Report on vaccination in Madras 1895-1903 - 1895-1903
Year: 1895
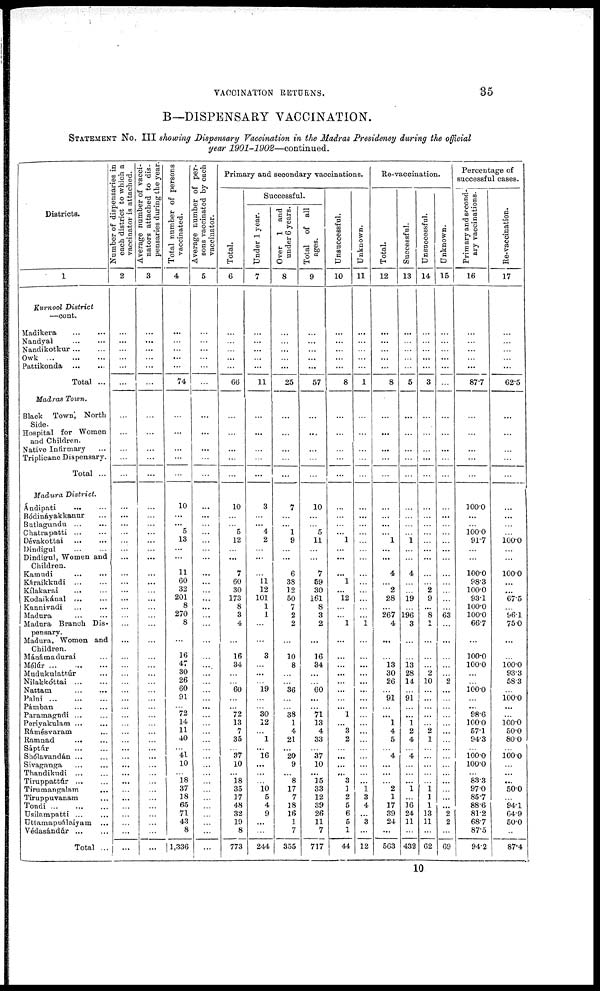
VACCINATION RETURNS.
35
B—DISPENSARY VACCINATION.
STATEMENT No. III showing Dispensary Vaccination in the Madras Presidency during the official
year
1901-1902—continued.
Districts.
1
Kurnool District
—cont.
Madikera
...
...
Nandyal
...
...
Nandikotkur ... ...
Owk ... ... ...
Pattikonda
...
...
Total ...
Madras Town.
Black Town, North
Side.
Hospital for Women
and Children.
Native Infirmary ...
Triplicane Dispensary.
Total ...
Madura District.
Ándipati
...
...
Bódináyakkanur ...
Butlagundu ... ...
Chatrapatti ... ...
Dévakottai
...
...
Dindigul ... ...
Dindigul, Women and
Children.
Kamudi ... ...
Káraikkudi
...
...
Kílakarai
...
...
Kodaikánal
...
...
Kannivadi ... ...
Madura
...
...
Madura Branch Dis-
pensary.
Madura, Women and
Children.
Mánámadurai ...
Mélúr
...
...
...
Mudukulattúr ...
Nilakkóttai
...
...
Nattam
...
...
Palni
...
...
...
Pámban
...
...
Paramagudi ... ...
Periyakulam ...
...
Rámésvaram
...
Ramnad
... ...
Sáptúr
...
...
Shólavandán ... ...
Sivaganga ... ...
Thandikudi ... ...
Tiruppattúr
...
...
Tirumangalam
...
Tiruppuvanam ...
Tondi
...
...
...
Usilampatti
...
...
Uttamapoálaiyam ...
Védasándúr
...
...
Total ...
Number of dispensaries in
each district to which a
vaccinator is attached.
2
...
...
...
...
...
...
...
...
...
...
...
...
...
...
...
...
...
...
...
...
...
...
...
...
...
...
...
...
...
...
...
...
...
...
...
...
...
...
...
...
...
...
...
...
...
...
...
...
...
Average number of vacci-
nators attached to dis-
pensaries during the year.
3
...
...
...
...
...
...
...
...
...
...
...
...
...
...
...
...
...
...
...
...
...
...
...
...
...
...
...
...
...
...
...
...
...
...
...
...
...
...
...
...
...
...
...
...
...
...
...
...
...
Total number of persons
vaccinated.
4
...
...
...
...
...
74
...
...
...
...
...
10
...
...
5
13
...
...
11
60
32
201
8
270
8
...
16
47
30
26
60
91
...
72
14
11
40
...
41
10
... 18
37
18
65
71
43
8
1,336
Average number of per-
sons vaccinated by each
vaccinator.
5
...
...
...
...
...
...
...
...
...
...
...
...
...
...
...
...
...
...
...
...
...
...
...
...
...
...
...
...
...
...
...
...
...
...
...
...
...
...
...
...
...
...
...
...
...
...
...
...
...
Primary and secondary vaccinations.
Total.
6
...
...
...
...
...
66
...
...
...
...
...
10
...
...
5
12
...
...
7
60
30
173
8
3
4
...
16
34
...
...
60
...
...
72
13
7
35
...
37
10
... 18
35
17
48
32
19
8
773
Successful.
Under 1 year.
7
...
...
...
...
...
11
...
...
...
...
...
3
...
...
4
2
...
...
...
11
12
101
1
1
...
...
3
...
...
...
19
...
...
30
12
...
1
...
16
...
...
...
10
5
4
9
...
...
244
Over 1 and
under 6 years.
8
...
...
...
...
...
25
...
...
...
...
...
7
...
...
1
9
...
...
6
38
12
50
7
2
2
...
10
8
...
...
36
...
...
38
1
4
21
...
20
9
... 8
17
7
18
16
1
7
355
Total of all
ages.
9
...
...
...
...
...
57
...
...
...
...
...
10
...
...
5
11
...
...
7
59
30
161
8
3
2
...
16
34
...
...
60
...
...
71
13
4
33
...
37
10
...
15
33
12
39
26
11
7
717
Unsuccessful.
10
...
...
...
...
...
8
...
...
...
...
...
...
...
...
...
1
...
...
...
1
...
12
...
...
1
...
...
...
...
...
...
...
...
1
...
3
2
...
...
...
...
3
1
2
5
6
5
1
44
Unknown.
11
...
...
...
...
...
1
...
...
...
...
...
...
...
...
...
...
...
...
...
...
...
...
...
...
1
...
...
...
...
...
...
...
...
...
...
...
...
...
...
...
...
...
1
3
4
...
3
...
12
Re-vaccination.
Total.
12
...
...
...
...
...
8
...
...
...
...
...
...
...
...
...
1
...
...
4
...
2
28
...
267
4
...
...
13
30
26
...
91
...
...
1
4
5
...
4
...
...
...
2
1
17
39
24
...
563
Successful.
13
...
...
...
...
...
5
...
...
...
...
...
...
...
...
...
1
...
...
4
...
...
19
...
196
3
...
...
13
28
14
...
91
...
...
1
2
4
...
4
...
...
...
1
...
16
24
11
...
432
Unsuccessful.
14
...
...
...
...
...
3
...
...
...
...
...
...
...
...
...
...
...
...
...
...
2
9
...
8
1
...
...
...
2
10
...
...
...
...
...
2
1
...
...
...
...
...
1
1
1
13
11
...
62
Unknown.
15
...
...
...
...
...
...
...
...
...
...
...
...
...
...
...
...
...
...
...
...
...
...
...
63
...
...
...
...
...
2
...
...
...
...
...
...
...
...
...
...
...
...
...
...
...
2
2
...
69
Percentage of
successful cases.
Primary and second-
ary vaccinations.
16
...
...
...
...
...
87.7
...
...
...
...
...
100.0
...
...
100.0
91.7
...
...
100.0
98.3
100.0
93.1
100.0
100.0
66.7
...
100.0
100.0
...
...
100.0
...
...
98.6
100.0
57.1
94.3
...
100.0 100.0
... 83.3
97.0
85.7
88.6
81.2
68.7
87.5
94.2
Re-vaccination.
17
...
...
...
...
...
62.5
...
...
...
...
...
...
...
...
...
100.0
...
...
100.0
...
...
67.5
...
96.1
75.0
...
...
100.0
93.3
58.3
...
100.0
...
...
100.0 50.0
80.0
...
100.0
...
...
...
50.0
...
94.1
64.9
50.0
...
87.4
10